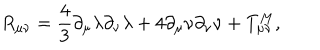
R _ { \mu \nu } = \frac { 4 } { 3 } \partial _ { \mu } \lambda \partial _ { \nu } \lambda + 4 \partial _ { \mu } \nu \partial _ { \nu } \nu + T _ { \mu \nu } ^ { M } ,